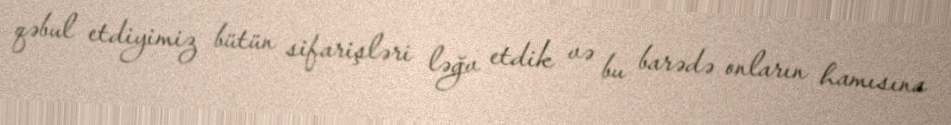
qəbul etdiyimiz bütün sifarişləri ləğv etdik və bu barədə onların hamısına